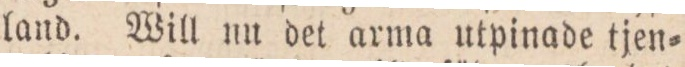
land. Will nu det arma utpinade tjen=